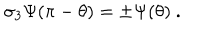
\sigma _ { 3 } \Psi ( \pi - \theta ) = \pm \Psi ( \theta ) \ .